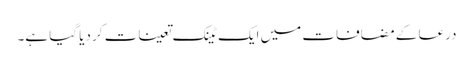
درعا کے مضافات میں ایک ٹینک تعینات کر دیا گیا ہے۔